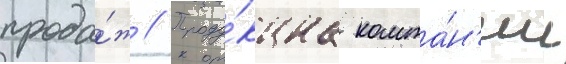
прода́ж // Проду́кциа компа́н'ии